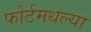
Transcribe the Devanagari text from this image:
फोर्टमधल्या